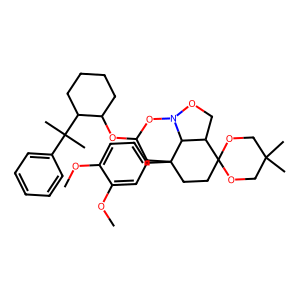
SMILES: COc1ccc(C23CCC4(OCC(C)(C)CO4)C4CON(OC(OC5CCCCC5C(C)(C)c5ccccc5)C2)C43)cc1OC
Inhibits HIV replication: No